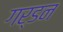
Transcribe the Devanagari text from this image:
गर्डन